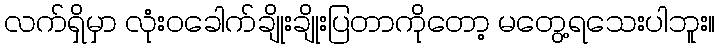
လက်ရှိမှာ လုံးဝခေါက်ချိုးချိုးပြတာကိုတော့ မတွေ့ရသေးပါဘူး။